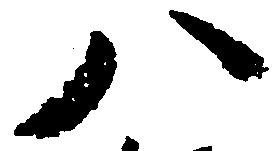
八